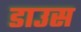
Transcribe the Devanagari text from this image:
डाउस